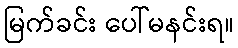
မြက်ခင်း ပေါ်မနင်းရ။